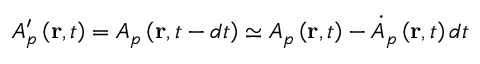
A _ { p } ^ { \prime } \left( \mathbf { r } , t \right) = A _ { p } \left( \mathbf { r } , t - d t \right) \simeq A _ { p } \left( \mathbf { r } , t \right) - \dot { A } { } _ { p } \left( \mathbf { r } , t \right) d t